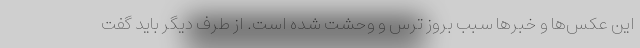
این عکس‌ها و خبرها سبب بروز ترس و وحشت شده است. از طرف دیگر باید گفت